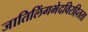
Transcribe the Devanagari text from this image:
जातिलिंगभेदविरहितता